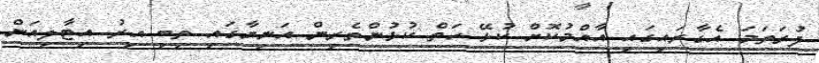
ފުރަތަމަ އެގާރައިގައި އާއްމުކޮށް ކުޅޭ ހަތް ކުޅުންތެރިން އަނިޔާގައި ތިބި އިރު އިޓާލިއަން